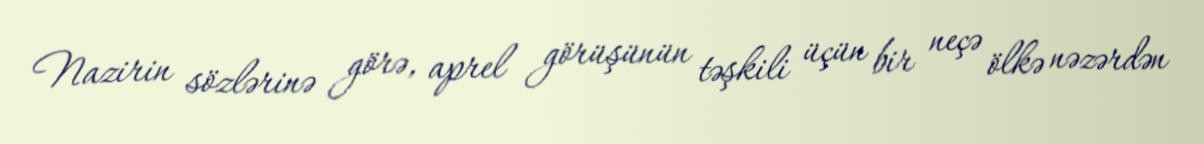
Nazirin sözlərinə görə, aprel görüşünün təşkili üçün bir neçə ölkə nəzərdən